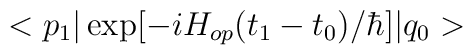
<p_1 \vert  \exp [-i H_{op}(t_1-t_0 )/\hbar ]                   \vert q_0 >